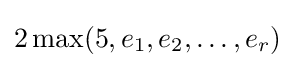
2\max(5,e_{1},e_{2},\ldots ,e_{r})